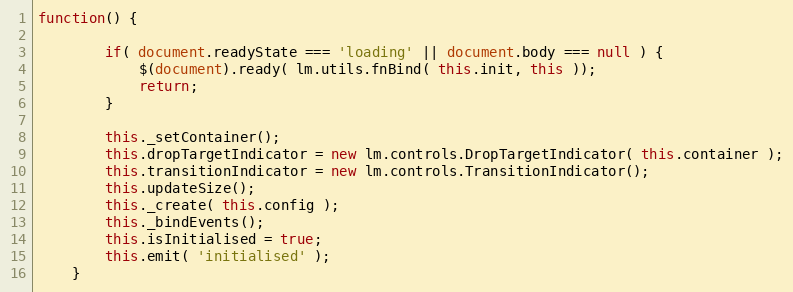
Language: JavaScript
function() {

		if( document.readyState === 'loading' || document.body === null ) {
			$(document).ready( lm.utils.fnBind( this.init, this ));
			return;
		}

		this._setContainer();
		this.dropTargetIndicator = new lm.controls.DropTargetIndicator( this.container );
		this.transitionIndicator = new lm.controls.TransitionIndicator();
		this.updateSize();
		this._create( this.config );
		this._bindEvents();
		this.isInitialised = true;
		this.emit( 'initialised' );
	}